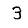
Digit: 3